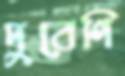
দুবেণি